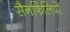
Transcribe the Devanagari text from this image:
सैनफिलिपो